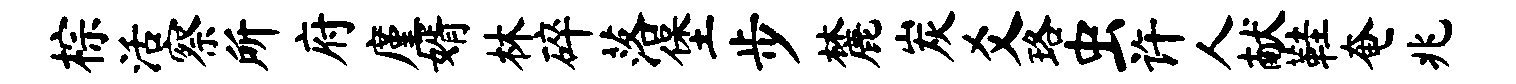
棕活察所府廑婿林碎落堡步麓炭爻珞虫许人献鞋奄兆